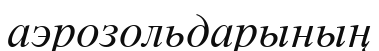
аэрозольдарының